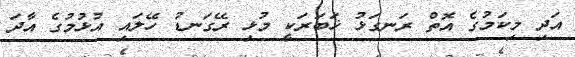
އަދި މިކަމުގެ އޮތް ރަނގަޅު ޚަބަރަކީ މުޅި ރޭގަނޑު ހޭލައި އުޅުމުގެ އާދަ